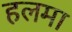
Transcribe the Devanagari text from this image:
हलमा